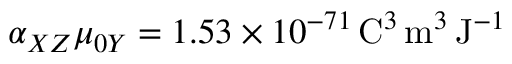
\alpha _ { X Z } \mu _ { 0 Y } = 1 . 5 3 \times 1 0 ^ { - 7 1 } \, \mathrm { C } ^ { 3 } \, \mathrm { m } ^ { 3 } \, \mathrm { J } ^ { - 1 }